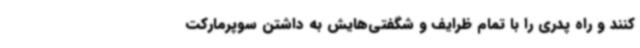
کنند و راه پدری را با تمام ظرایف و شگفتی‌هایش به داشتن سوپرمارکت